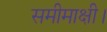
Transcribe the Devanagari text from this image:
समीमाक्षी।